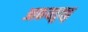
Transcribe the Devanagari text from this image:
आकयतुक्कु